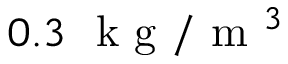
0 . 3 ~ \mathrm { ~ k ~ g ~ } / \mathrm { ~ m ~ } ^ { 3 }